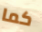
كما